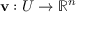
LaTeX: \mathbf { v } : U \to \mathbb { R } ^ { n }